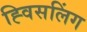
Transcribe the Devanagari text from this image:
ह्विसलिंग